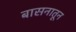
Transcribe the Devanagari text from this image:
बासनातून